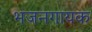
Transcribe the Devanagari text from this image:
भजनगायक